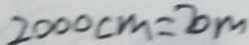
2 0 0 0 c m = 2 0 m